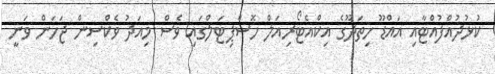
ކުޅުދުއްފުއްޓާއި އައްޑޫ ހިތަދޫގެ އިކްއެޓޯރިއަލް ހޮސްޕިޓަލްގައި ވެސް މިއަދު ވެކްސިން ޖަހަން ވަނީ